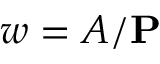
w = A / \mathbf { P }